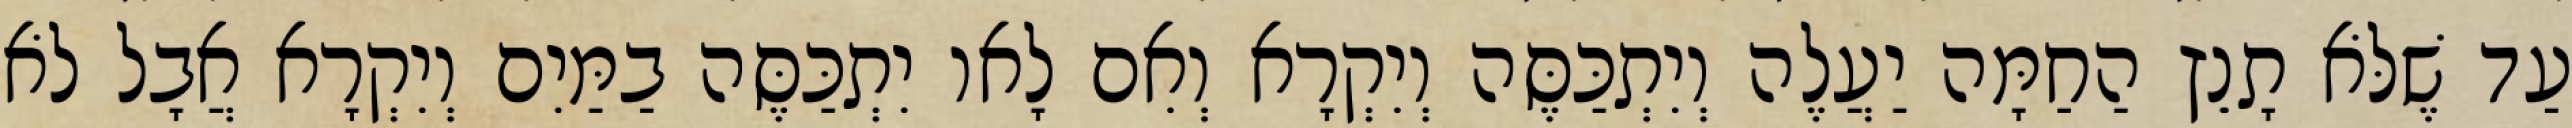
עַד שֶׁלֹּא תָנֵץ הַחַמָּה יַעֲלֶה וְיִתְכַּסֶּה וְיִקְרָא וְאִם לָאו יִתְכַּסֶּה בַמַּיִם וְיִקְרָא אֲבָל לֹא